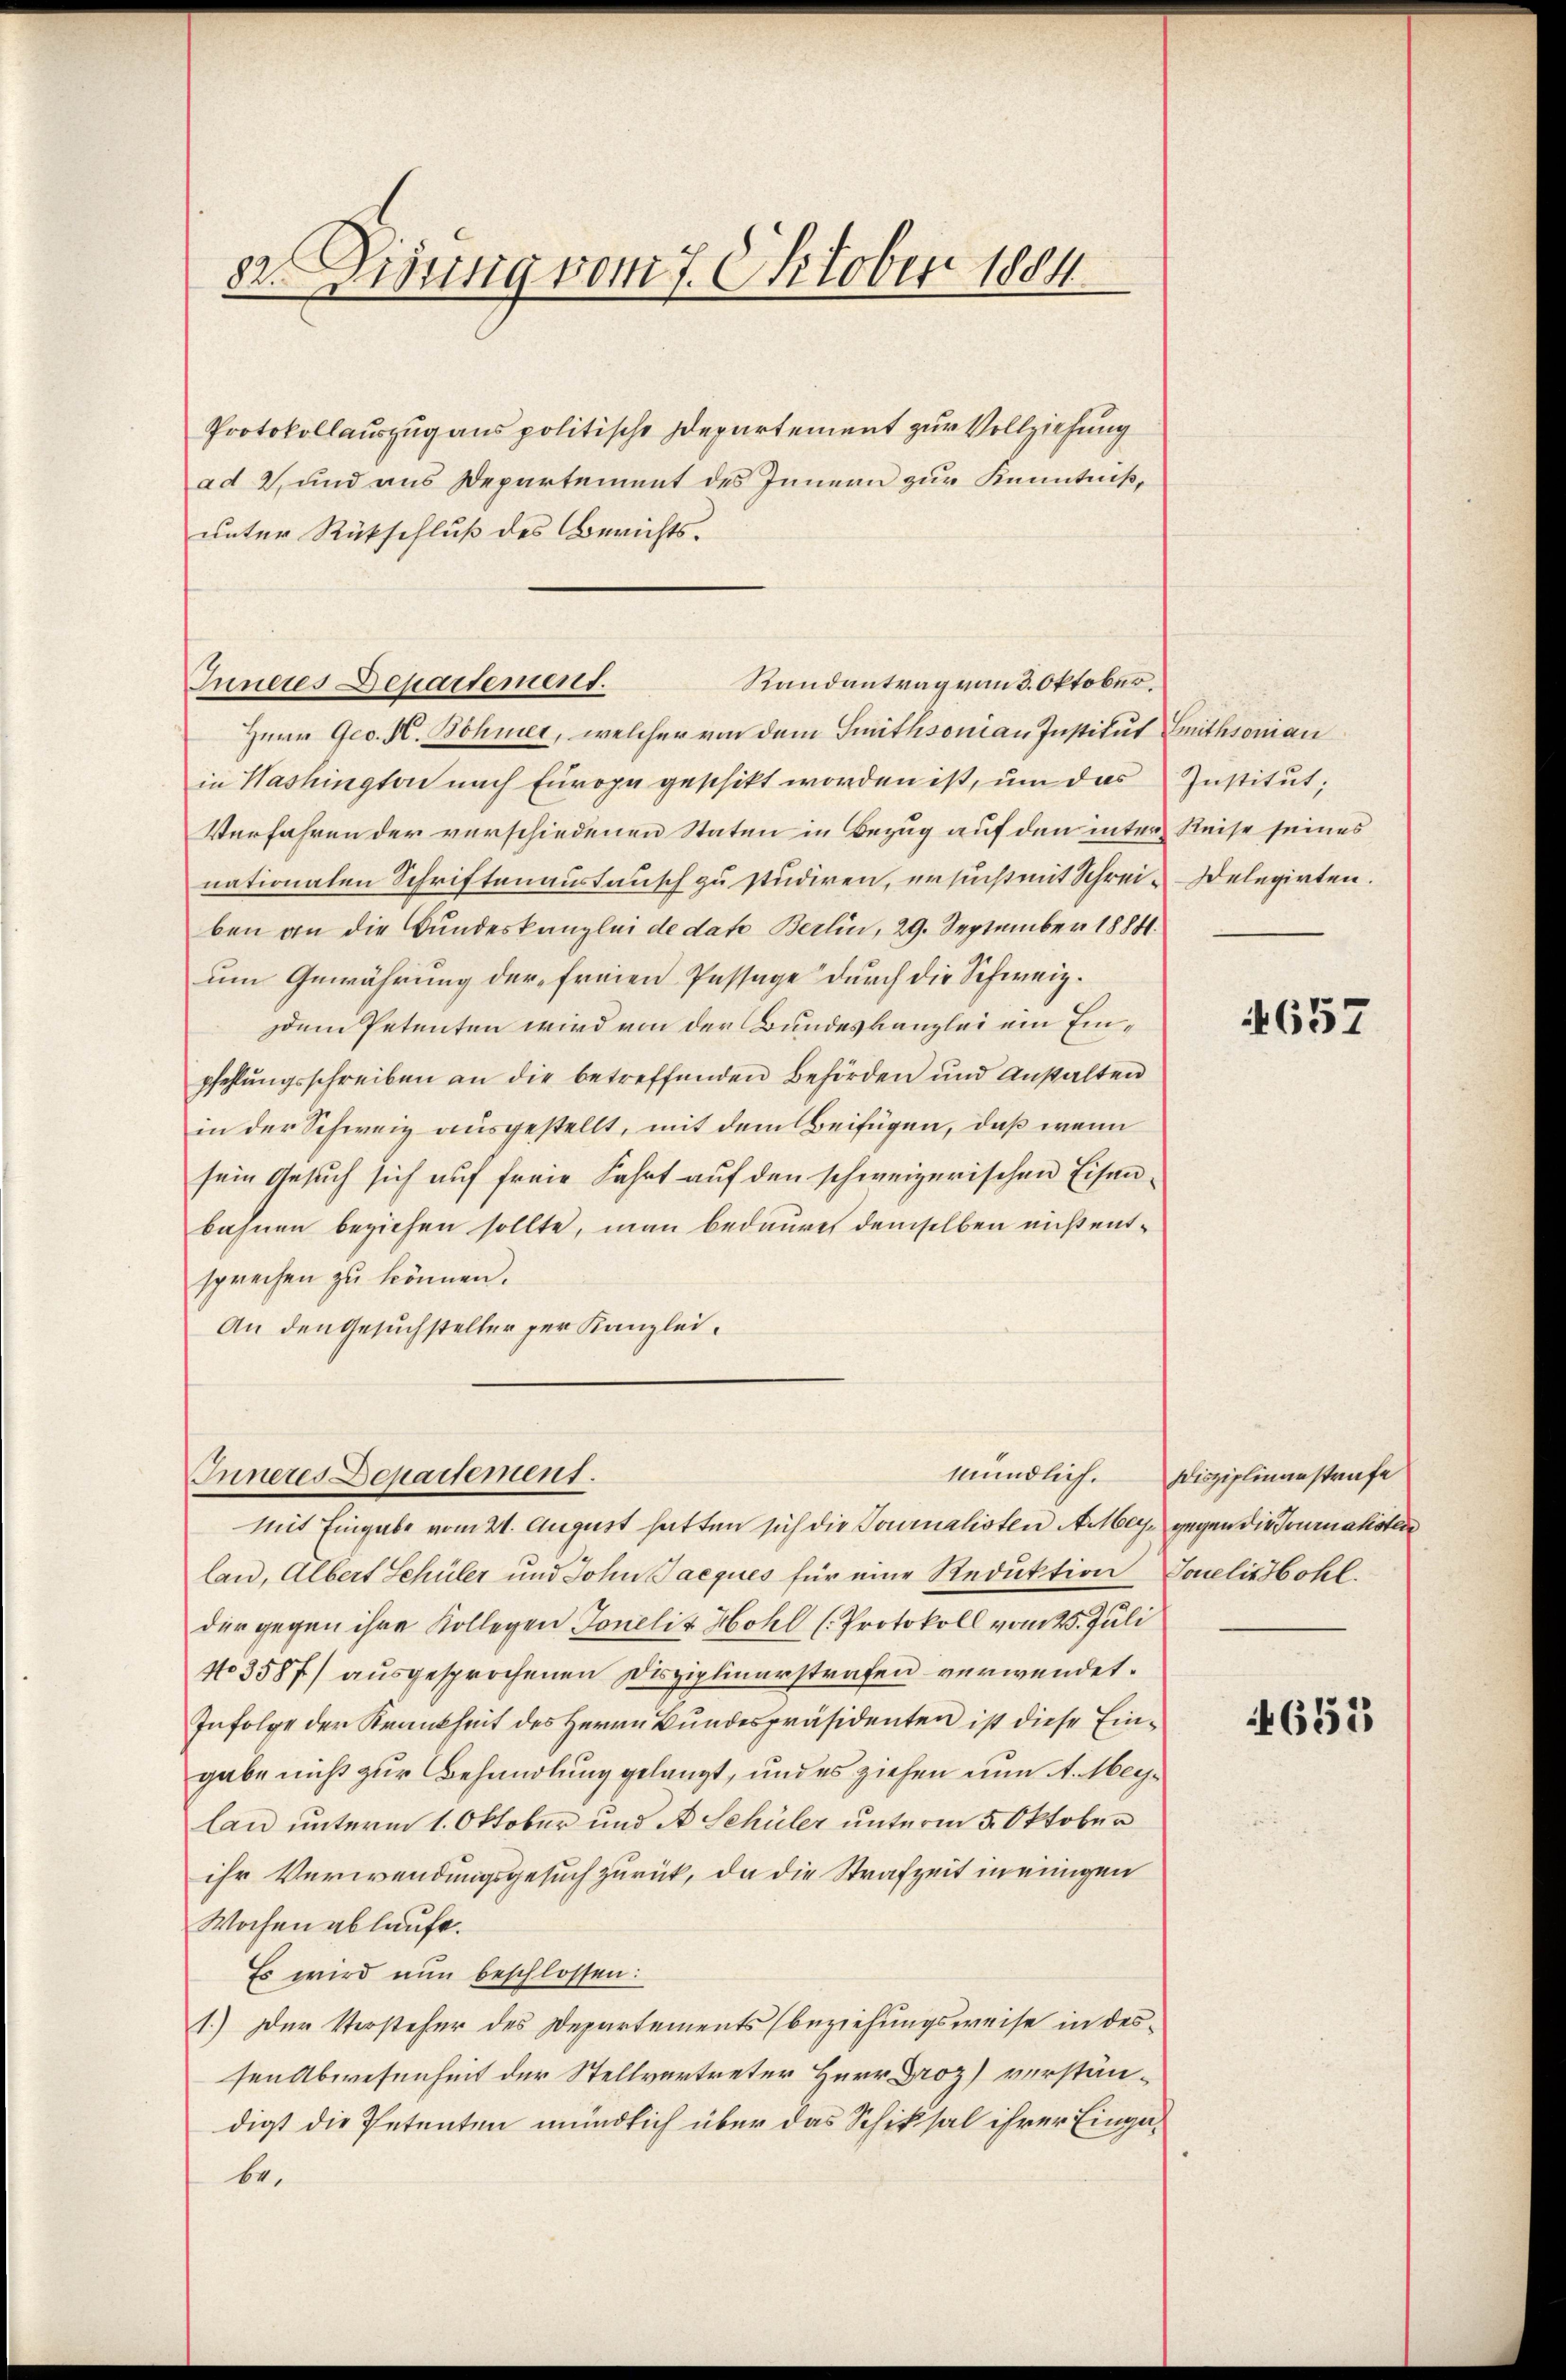
82. Disung vom 7. Oktober 1884

Protokollauszug aus politische Departement zur Vollziehung
ad 2, und aus Departement des Innern zur Kenntniß,
unter Rückschluß des Berichts¬
Inneres Departement.
Herr Ges. K. Böhmer, welcher von dem Smithsonian Institut
in Washington nach Europa geschikt worden ist, um das
Verfahren der verschiedenen Staten in Bezug auf den inter Reise seines
nationalen Schriftenaustausch zu studiren, ersucht mit Schrei-Delegirten.
ben an die Bundeskanzlei de dato Berlin, 29. September 1884.
um Gewährung der freien Passage durch die Schweiz.
dem Petenten wird von der Bundeskanzlei ein Einpfehlungsschreiben an die betreffenden Behörden und Anstalten
in der Schweiz ausgestellt, mit dem Beifügen, daß wenn
sein Gesuch sich auf freie Fahrt auf den schweizerischen Eisenbahnen beziehen sollte, man bedauret demselben nicht entsprechen zu können.
An den Gesuchsteller per Kanzlei.

Randantrag von 3. Oktober.

Inneres Departement.

Mit Eingabe vom 21. August hatten sich die Tournalisten A. May gegen die Tournalistern
lan, Albert Schüler und John Jacques für eine Reduktion
der gegen ihre Kollegen Tonelis Hohl (Protokoll vom 25. Juli
No 3587) ausgesprochenen Disziplinerstrafen verwendet.
Infolge der Krankheit des Herrn Bundespräsidenten ist diese Eingabe nicht zur Behandlung gelangt, und es ziehen nun A. Meylan unterm 1. Oktober und A. Schüler unterm 5. Oktober
ihr Verwendungsgesuch zurück, da die Strafzeit in einigen
Wochen ablaufe.
Es wird nun beschlossen:
1.) Der Vorsteher des Departements (beziehungsweise in dessen Abwesenheit der Stellvertreter Herr Droz) verständigt die Petenten mündlich über das Schiksal ihrer Eingabe.

Smithsonian
Institut;

657

mündlich. Disziplinanstrafe
Tonelis Hohl.

655